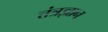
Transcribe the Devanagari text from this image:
त्तंत्रज्ञान